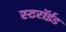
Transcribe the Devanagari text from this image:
स्टरॉईड